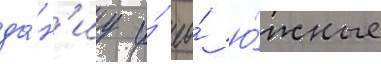
да́н'иу и́ ео́ ю́жные